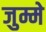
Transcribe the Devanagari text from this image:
जुम्मे